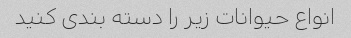
انواع حیوانات زیر را دسته بندی کنید